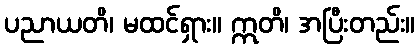
ပညာယတိ၊ မထင်ရှား။ ဣတိ၊ အပြီးတည်း။